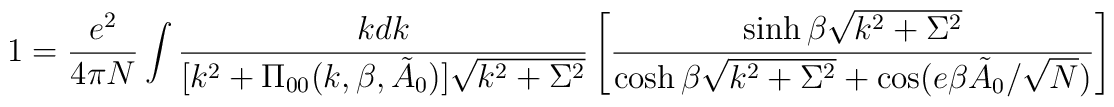
1  =  \frac{e^2}{4 \pi N}   \int \frac{kdk}{[k^2  + \Pi_{00}(k, \beta,\tilde{A}_0)]   \sqrt{k^2    +  \Sigma^2}} \left[   \frac{\sinh  \beta\sqrt{k^2 +  \Sigma^2}}{\cosh  \beta \sqrt{k^2  + \Sigma^2}  + \cos (e\beta \tilde{A}_0 / \sqrt{N})} \right ]